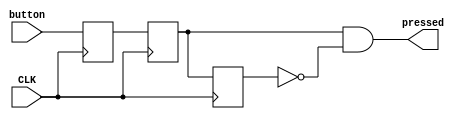
module SP_debouncer(button, pressed, CLK); //waits until button is released to return a 1 when button is pressed
input button, CLK;
output pressed;

reg Qa, Qb, Qc;

initial
begin
Qa = 0;
Qb = 0;
Qc = 0;
end

assign pressed = Qb & ~Qc;

always @(posedge CLK)
begin
Qa <= button;
Qb <= Qa;
Qc <= Qb;
end

endmodule